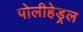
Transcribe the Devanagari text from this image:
पोलीहेड्रल